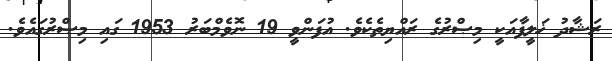
ރަޝާދު ޚަލީފާއަކީ މިޞްރުގެ ރައްޔިތެކެވެ. އުފަންވީ 19 ނޮވެމްބަރު 1953 ގައި މިޞްރުގައެވެ.